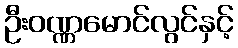
ဦးဝဏ္ဏမောင်လွင်နှင့်